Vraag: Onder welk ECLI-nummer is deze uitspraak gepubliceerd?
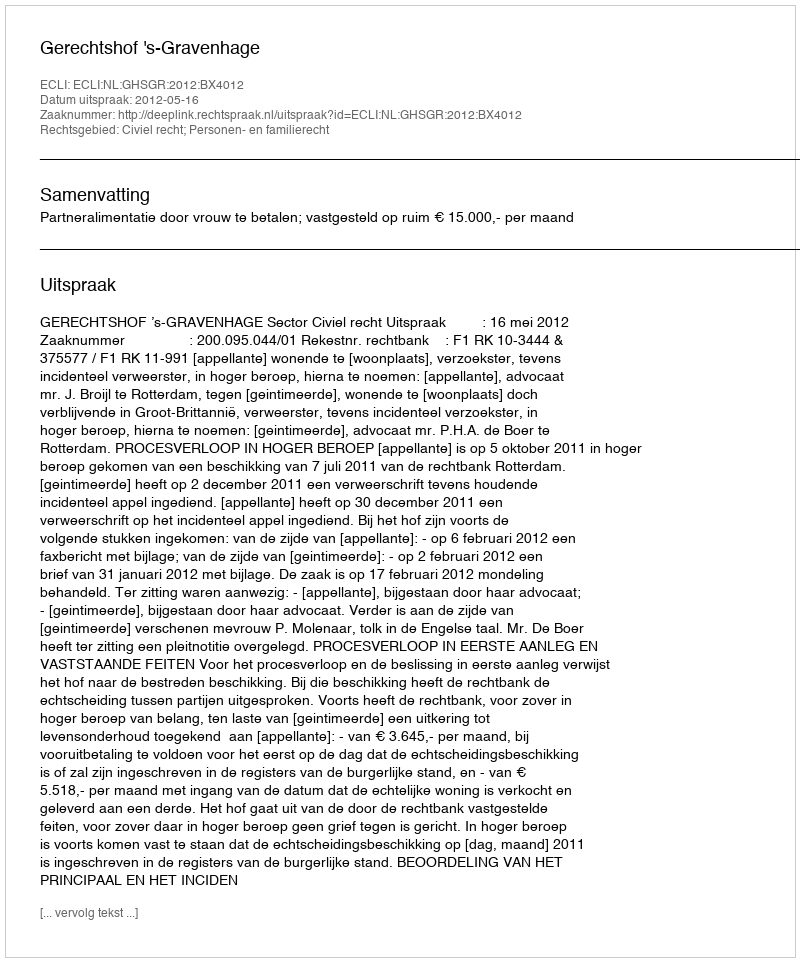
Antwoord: ECLI:NL:GHSGR:2012:BX4012